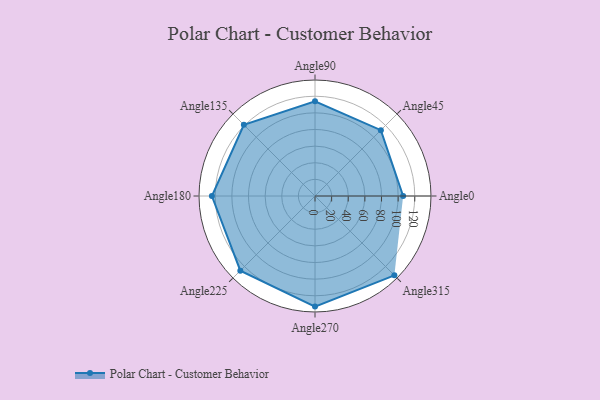
{"axis": {"x": "Angle", "y": "Radius"}, "legend": [""], "data": [{"x": "Angle0", "y": 106.0, "type": ""}, {"x": "Angle45", "y": 112.0, "type": ""}, {"x": "Angle90", "y": 114.0, "type": ""}, {"x": "Angle135", "y": 121.0, "type": ""}, {"x": "Angle180", "y": 124.0, "type": ""}, {"x": "Angle225", "y": 127.0, "type": ""}, {"x": "Angle270", "y": 133.0, "type": ""}, {"x": "Angle315", "y": 135.0, "type": ""}]}